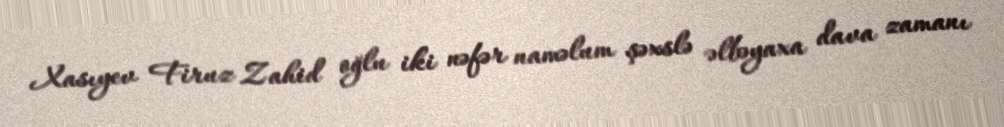
Xasıyev Firuz Zahid oğlu iki nəfər naməlum şəxslə əlbəyaxa dava zamanı